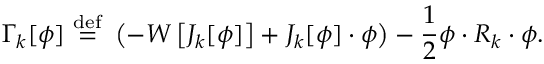
\Gamma _ { k } [ \phi ] \ { \stackrel { \mathrm { d e f } } { = } } \ \left( - W \left[ J _ { k } [ \phi ] \right] + J _ { k } [ \phi ] \cdot \phi \right) - { \frac { 1 } { 2 } } \phi \cdot R _ { k } \cdot \phi .